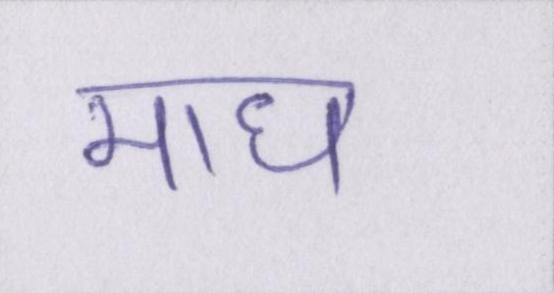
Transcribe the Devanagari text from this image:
माघ